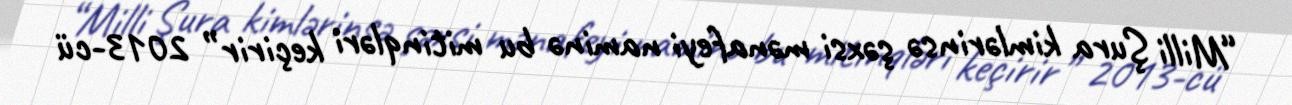
“Milli Şura kimlərinsə şəxsi mənafeyi naminə bu mitinqləri keçirir” 2013-cü